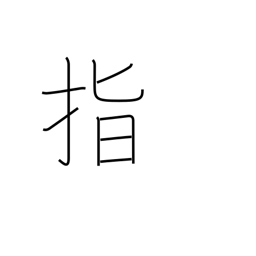
Meaning: point to